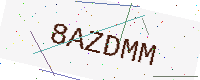
Text: 8AZDMM